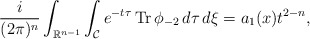
\begin{align*} \frac{i}{(2 \pi)^{n}}\int_{\mathbb{R}^{n-1}}\int_{\mathcal{C}} e^{-t\tau} \operatorname{Tr} \phi_{-2} \,d\tau \,d\xi =a_1(x)t^{2-n},\end{align*}